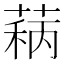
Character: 𬝦